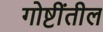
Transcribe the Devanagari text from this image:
गोष्टींतील